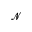
\mathcal { N }